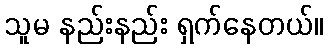
သူမ နည်းနည်း ရှက်နေတယ်။